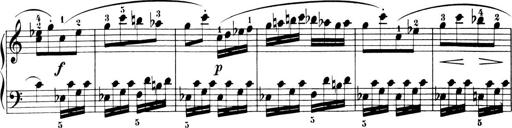
Title: 6 Piano Sonatinas
Composer: Cornelius Gurlitt